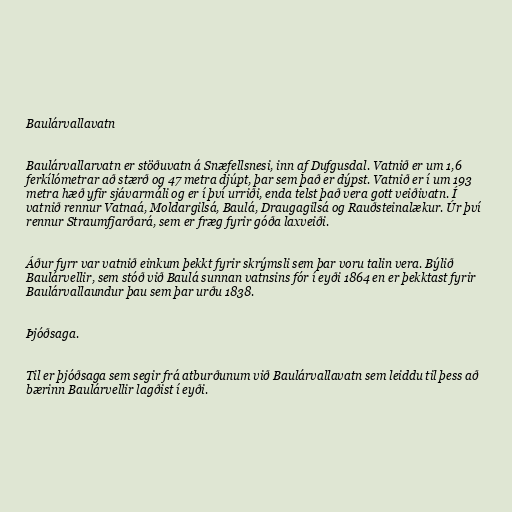
Baulárvallavatn

Baulárvallarvatn er stöðuvatn á Snæfellsnesi, inn af Dufgusdal. Vatnið er um 1,6
ferkílómetrar að stærð og 47 metra djúpt, þar sem það er dýpst. Vatnið er í um 193
metra hæð yfir sjávarmáli og er í því urriði, enda telst það vera gott veiðivatn. Í
vatnið rennur Vatnaá, Moldargilsá, Baulá, Draugagilsá og Rauðsteinalækur. Úr því
rennur Straumfjarðará, sem er fræg fyrir góða laxveiði.

Áður fyrr var vatnið einkum þekkt fyrir skrýmsli sem þar voru talin vera. Býlið
Baulárvellir, sem stóð við Baulá sunnan vatnsins fór í eyði 1864 en er þekktast fyrir
Baulárvallaundur þau sem þar urðu 1838.

Þjóðsaga.

Til er þjóðsaga sem segir frá atburðunum við Baulárvallavatn sem leiddu til þess að
bærinn Baulárvellir lagðist í eyði.